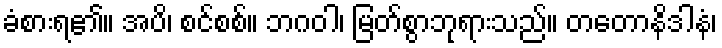
ခံစားရ၏။ အပိ၊ စင်စစ်။ ဘဂဝါ၊ မြတ်စွာဘုရားသည်။ တတောနိဒါနံ၊